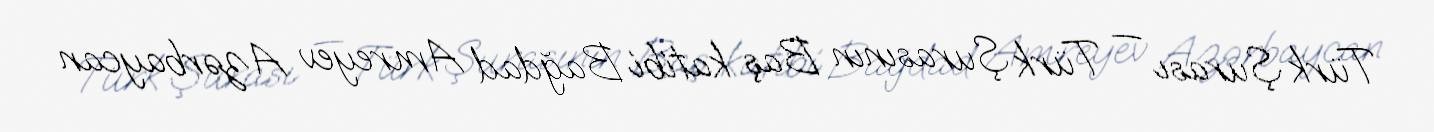
Türk Şurası — Türk Şurasının Baş katibi Bağdad Amreyev Azərbaycan